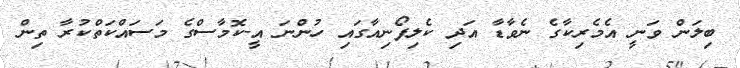
ބިލަން ވަނީ އެމެރިކާގެ ނެވާޑާ އަދި ކެލިފޯނިއާގައި ހުންނަ އީ-ކޮމާސްގެ މަސައްކަތްކުރާ ތިން